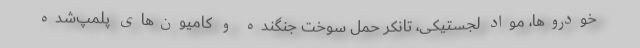
خودروها، مواد لجستیکی، تانکر حمل سوخت جنگنده و کامیون‌های پلمپ‌شده